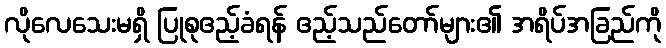
လိုလေသေးမရှိ ပြုစုဧည့်ခံရန် ဧည့်သည်တော်များ၏ အရိပ်အခြည်ကို